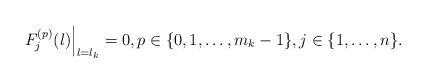
\begin{align*} \left. F_j^{(p)}(\l) \right|_{\l=\l_k}=0, p\in\{0,1,\dots,m_k-1\},j \in \{1,\ldots,n\}.\end{align*}